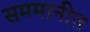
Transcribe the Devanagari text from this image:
सममानीत